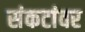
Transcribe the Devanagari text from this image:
संकटांवर